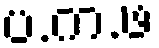
ပ.က.ဖ